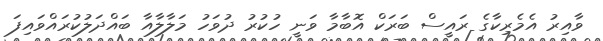
ވާއިރު އެމެރިކާގެ ރައީސް ބަރަކް އޮބާމާ ވަނީ ހުކުރު ދުވަހު މަލާލާއާ ބައްދަލުކުރައްވައިފަ